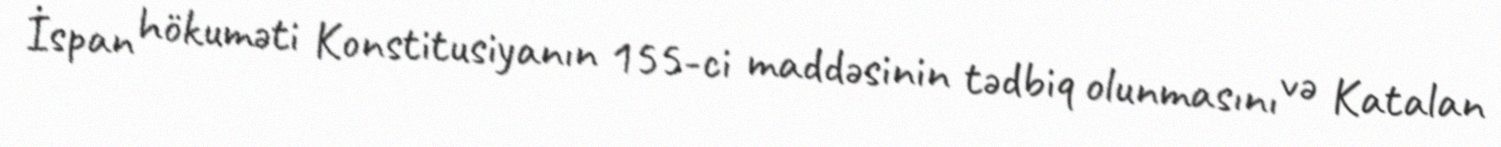
İspan hökuməti Konstitusiyanın 155-ci maddəsinin tədbiq olunmasını və Katalan